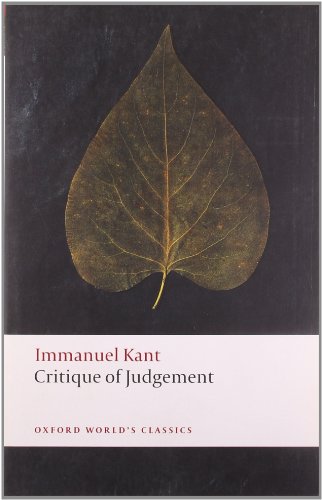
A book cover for Critique of Judgement (Oxford World's Classics); Immanuel Kant; Politics & Social Sciences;